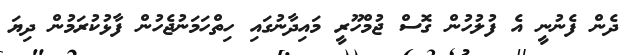
ދެން ފެނުނީ އެ ފުލުހުން ގޮސް ޖުމްހޫރީ މައިދާނުގައި ހިތްހަމަނުޖެހުން ފާޅުކުރަމުން ދިޔަ